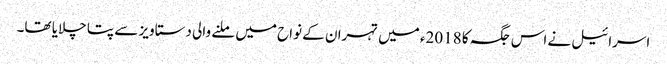
اسرائیل نے اس جگہ کا 2018ء میں تہران کے نواح میں ملنے والی دستاویز سے پتا چلایا تھا۔